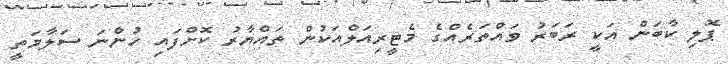
ޕޮލި ކާބަން އަކީ ރަބަރު ވައްތަރެއްގެ މެޓީރިއަލްއަކުން ތައްޔާރު ކޮށްފައި ހުންނަ ސަލާމަތީ